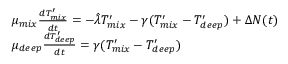
\begin{array} { r l } & { \mu _ { m i x } \frac { d T _ { m i x } ^ { \prime } } { d t } = - \hat { \lambda } T _ { m i x } ^ { \prime } - \gamma ( T _ { m i x } ^ { \prime } - T _ { d e e p } ^ { \prime } ) + \Delta N ( t ) } \\ & { \mu _ { d e e p } \frac { d T _ { d e e p } ^ { \prime } } { d t } = \gamma ( T _ { m i x } ^ { \prime } - T _ { d e e p } ^ { \prime } ) } \end{array}